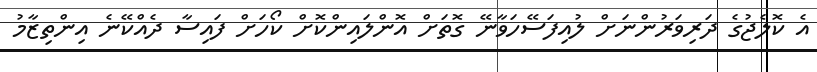
އެ ކޮލެޖުގެ ދަރިވަރުންނަށް ލުއިފަސޭހަވާނޭ ގޮތަށް އޮންލައިންކޮށް ކޯހަށް ފައިސާ ދެއްކޭނެ އިންތިޒާމު